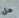
هل